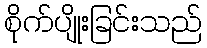
စိုက်ပျိုးခြင်းသည်